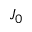
J _ { 0 }